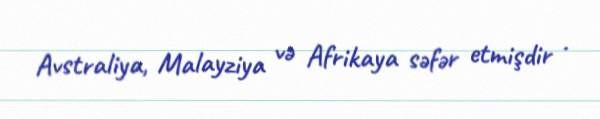
Avstraliya, Malayziya və Afrikaya səfər etmişdir .